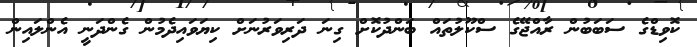
ކޮވިޑްގެ ސަބަބުން ރާއްޖޭގެ ސްކޫލުތައް ބަންދުކޮށް ގިނަ ދަރިވަރުނަށް ކިޔަވައިދެމުން ގެންދަނީ އެންލައިން